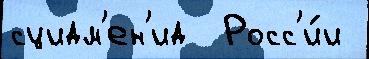
сцидм'ен'ид  Росс'и́и